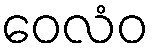
ဝေလံဝ